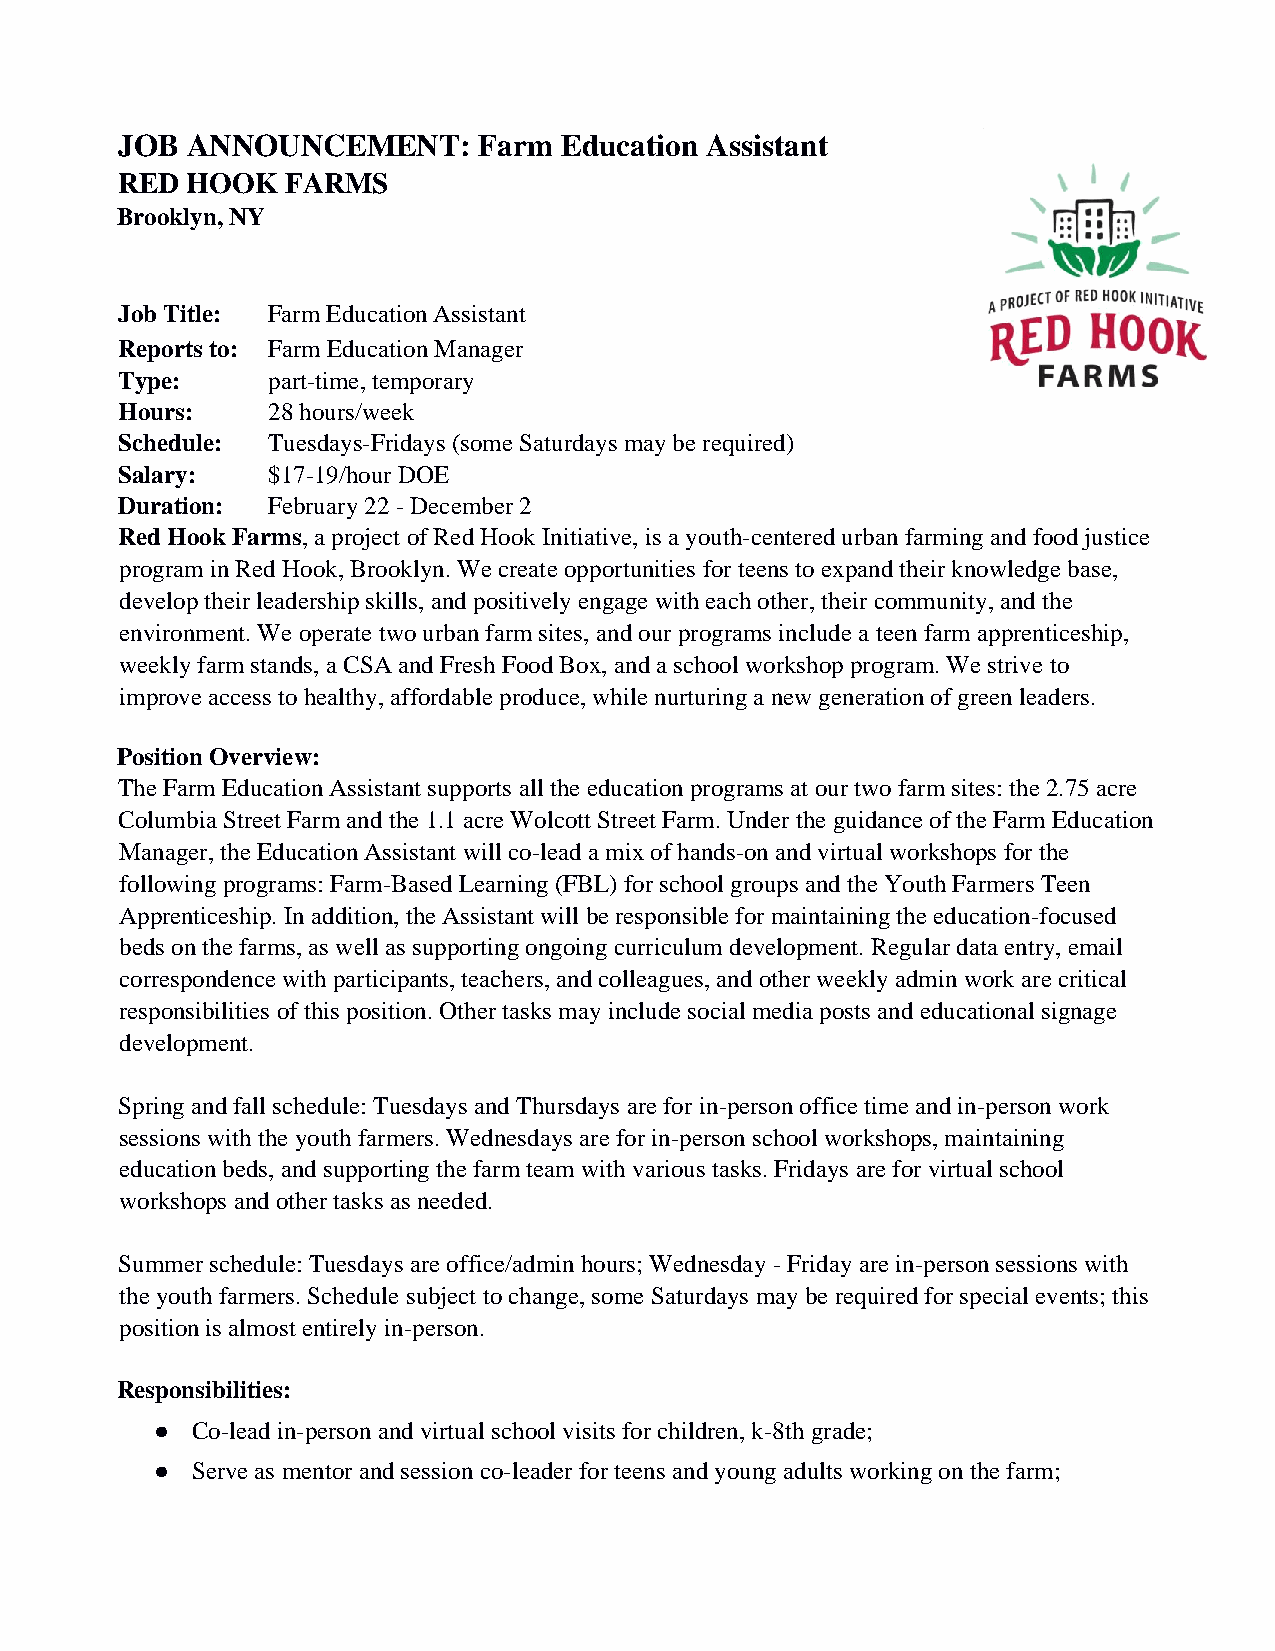
JOB ANNOUNCEMENT:       Farm Education Assistant
 RED HOOK   FARMS
 Brooklyn, NY
 Job Title: Farm Education Assistant
 Reports to: Farm Education Manager
 Type:     part-time, temporary
 Hours:    28 hours/week
 Schedule: Tuesdays-Fridays (some Saturdays may be required)
 Salary:   $17-19/hour DOE
 Duration: February 22 - December 2
 Red Hook Farms, a project of Red Hook Initiative, is a youth-centered urban farming and food justice
 program in Red Hook, Brooklyn. We create opportunities for teens to expand their knowledge base,
 develop their leadership skills, and positively engage with each other, their community, and the
 environment. We operate two urban farm sites, and our programs include a teen farm apprenticeship,
 weekly farm stands, a CSA and Fresh Food Box, and a school workshop program. We strive to
 improve access to healthy, affordable produce, while nurturing a new generation of green leaders.
 Position Overview:
 The Farm Education Assistant supports all the education programs at our two farm sites: the 2.75 acre
 Columbia Street Farm and the 1.1 acre Wolcott Street Farm. Under the guidance of the Farm Education
 Manager, the Education Assistant will co-lead a mix of hands-on and virtual workshops for the
 following programs: Farm-Based Learning (FBL) for school groups and the Youth Farmers Teen
 Apprenticeship. In addition, the Assistant will be responsible for maintaining the education-focused
 beds on the farms, as well as supporting ongoing curriculum development. Regular data entry, email
 correspondence with participants, teachers, and colleagues, and other weekly admin work are critical
 responsibilities of this position. Other tasks may include social media posts and educational signage
 development.
 Spring and fall schedule: Tuesdays and Thursdays are for in-person office time and in-person work
 sessions with the youth farmers. Wednesdays are for in-person school workshops, maintaining
 education beds, and supporting the farm team with various tasks. Fridays are for virtual school
 workshops and other tasks as needed.
 Summer schedule: Tuesdays are office/admin hours; Wednesday - Friday are in-person sessions with
 the youth farmers. Schedule subject to change, some Saturdays may be required for special events; this
 position is almost entirely in-person.
 Responsibilities:
 ●  Co-lead in-person and virtual school visits for children, k-8th grade;
 ●  Serve as mentor and session co-leader for teens and young adults working on the farm;